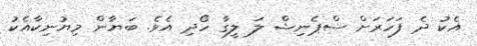
އެކު ދެ ފަހަރަށް ސްޕެނިޝް ލަ ލީގާ ހޯދި އެވެ. ބަޔާން މިޔުނިކާއެކު